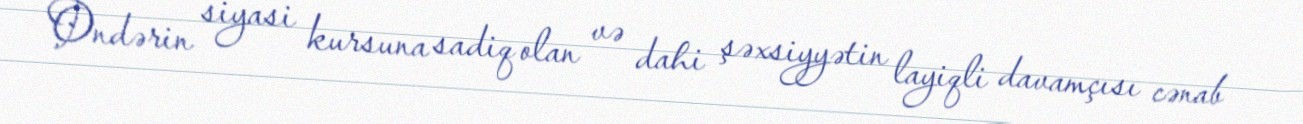
Öndərin siyasi kursuna sadiq olan və dahi şəxsiyyətin layiqli davamçısı cənab